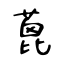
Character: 蓖